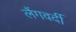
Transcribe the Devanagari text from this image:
लैंगवर्दी